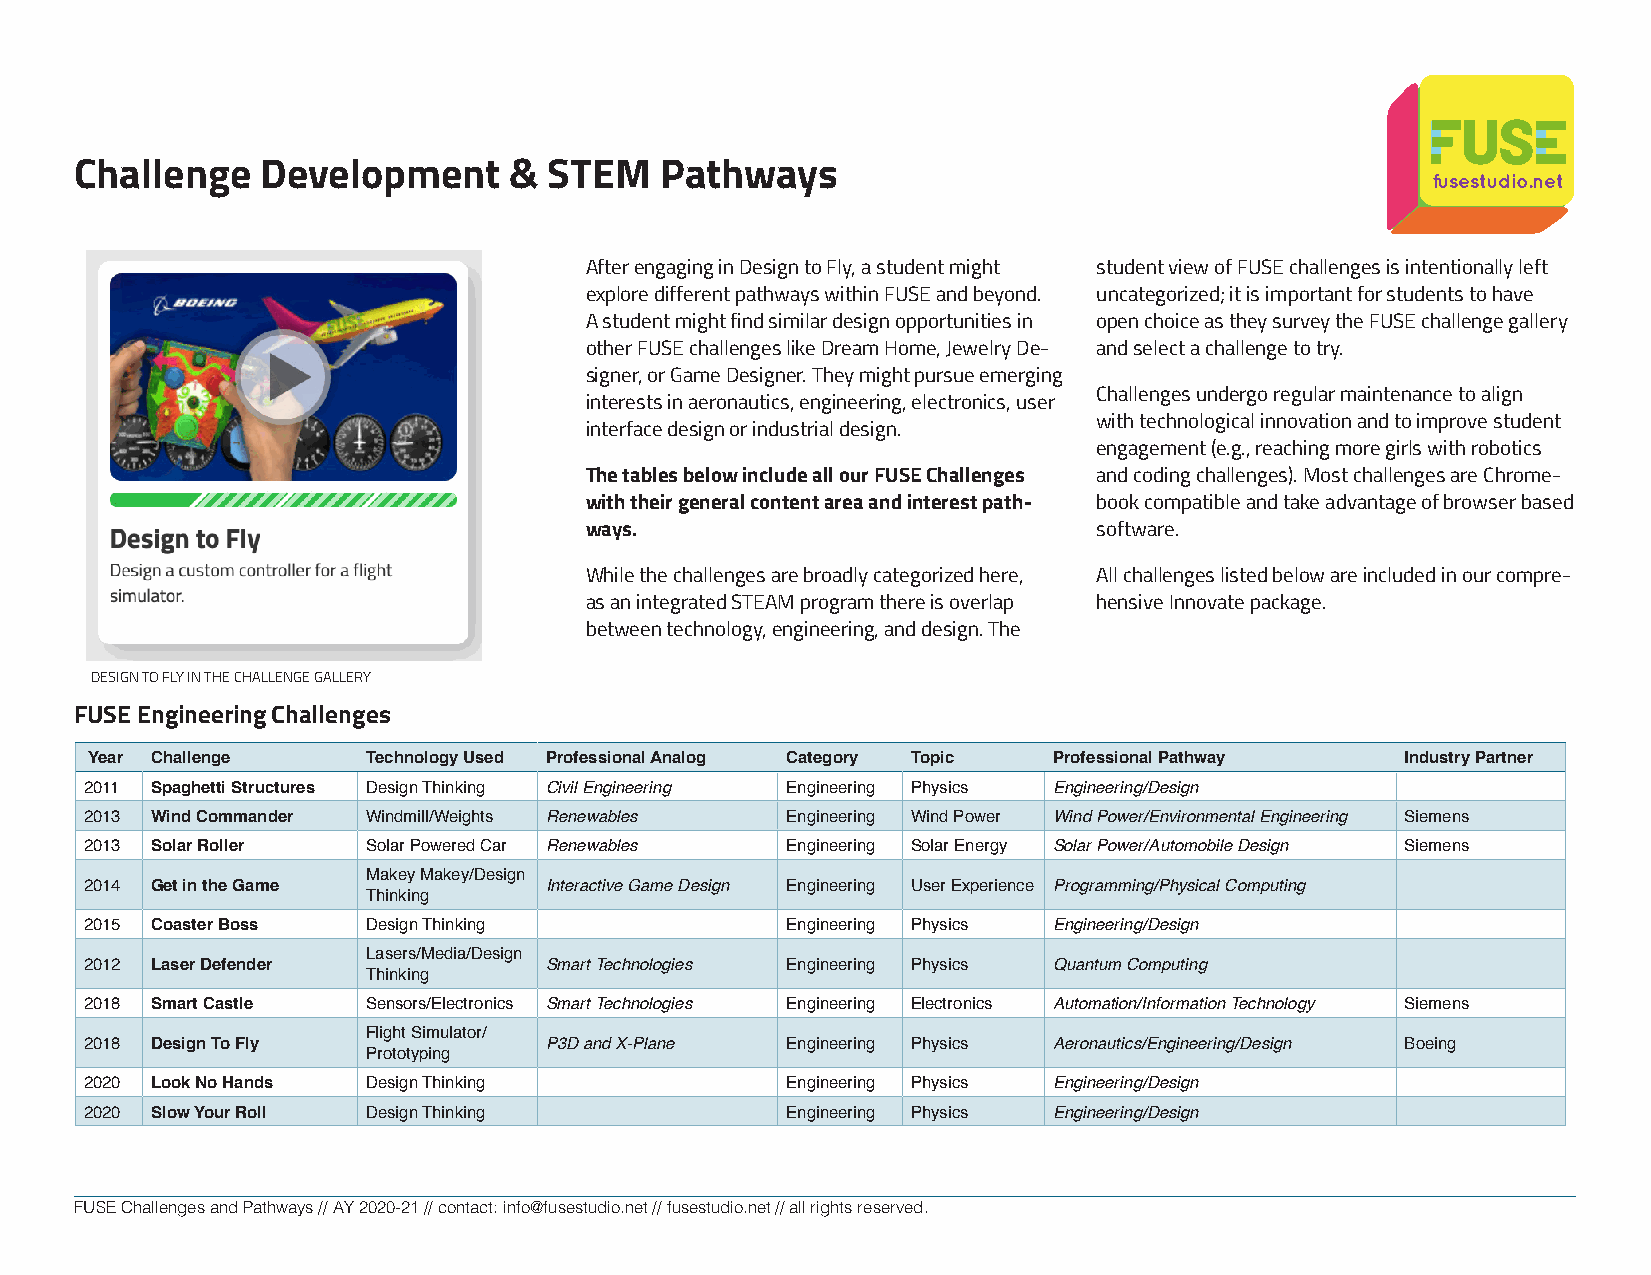
Challenge   Development      & STEM    Pathways
 fusestudio.net
 After engaging in Design to Fly, a student might student view of FUSE challenges is intentionally left
 explore different pathways within FUSE and beyond. uncategorized; it is important for students to have
 A student might find similar design opportunities in open choice as they survey the FUSE challenge gallery
 other FUSE challenges like Dream Home, Jewelry De- and select a challenge to try.
 signer, or Game Designer. They might pursue emerging
 Challenges undergo regular maintenance to align
 interests in aeronautics, engineering, electronics, user
 with technological innovation and to improve student
 interface design or industrial design.
 engagement (e.g., reaching more girls with robotics
 The tables below include all our FUSE Challenges and coding challenges). Most challenges are Chrome-
 with their general content area and interest path- book compatible and take advantage of browser based
 ways.                             software.
 While the challenges are broadly categorized here, All challenges listed below are included in our compre-
 as an integrated STEAM program there is overlap hensive Innovate package.
 between technology, engineering, and design. The
 DESIGN TO FLY IN THE CHALLENGE GALLERY
 FUSE Engineering Challenges
 Year Challenge    Technology Used Professional Analog Category Topic Professional Pathway Industry Partner
 2011 Spaghetti Structures Design Thinking Civil Engineering Engineering Physics Engineering/Design
 2013 Wind Commander Windmill/Weights Renewables Engineering Wind Power Wind Power/Environmental Engineering Siemens
 2013 Solar Roller Solar Powered Car Renewables Engineering Solar Energy Solar Power/Automobile Design Siemens
 Makey Makey/Design
 2014 Get in the Game          Interactive Game Design Engineering User Experience Programming/Physical Computing
 Thinking
 2015 Coaster Boss Design Thinking             Engineering Physics Engineering/Design
 Lasers/Media/Design
 2012 Laser Defender           Smart Technologies Engineering Physics Quantum Computing
 Thinking
 2018 Smart Castle Sensors/Electronics Smart Technologies Engineering Electronics Automation/Information Technology Siemens
 Flight Simulator/
 2018 Design To Fly            P3D and X-Plane Engineering Physics Aeronautics/Engineering/Design Boeing
 Prototyping
 2020 Look No Hands Design Thinking            Engineering Physics Engineering/Design
 2020 Slow Your Roll Design Thinking           Engineering Physics Engineering/Design
 FUSE Challenges and Pathways // AY 2020-21 // contact: info@fusestudio.net // fusestudio.net // all rights reserved.